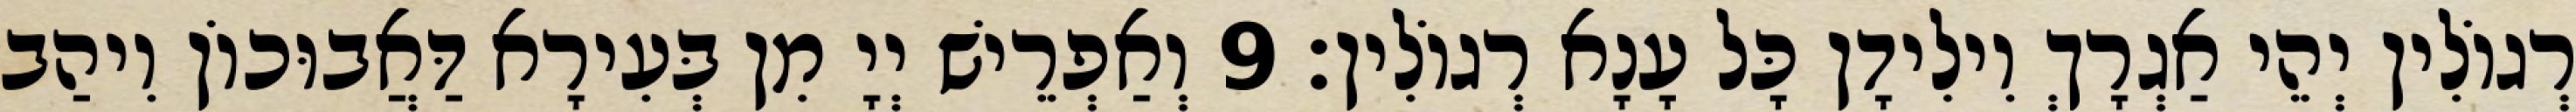
רְגוֹלִין יְהֵי אַגְרָךְ וִילִידָן כָּל עָנָא רְגוֹלִין׃ 9 וְאַפְרֵישׁ יְיָ מִן בְּעִירָא דַּאֲבוּכוֹן וִיהַב